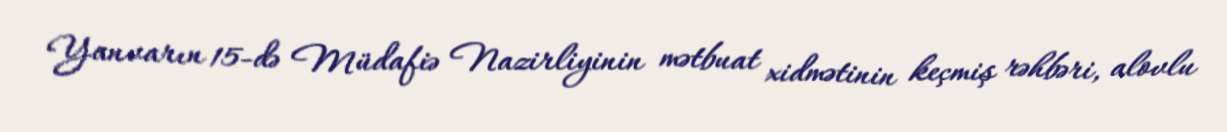
Yanvarın 15-də Müdafiə Nazirliyinin mətbuat xidmətinin keçmiş rəhbəri, alovlu